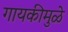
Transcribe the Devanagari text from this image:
गायकीमुळे